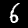
Label: 6